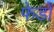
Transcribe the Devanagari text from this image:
फेडो